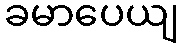
ခမာပေယျ